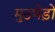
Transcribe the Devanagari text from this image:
मुठभेड़ो